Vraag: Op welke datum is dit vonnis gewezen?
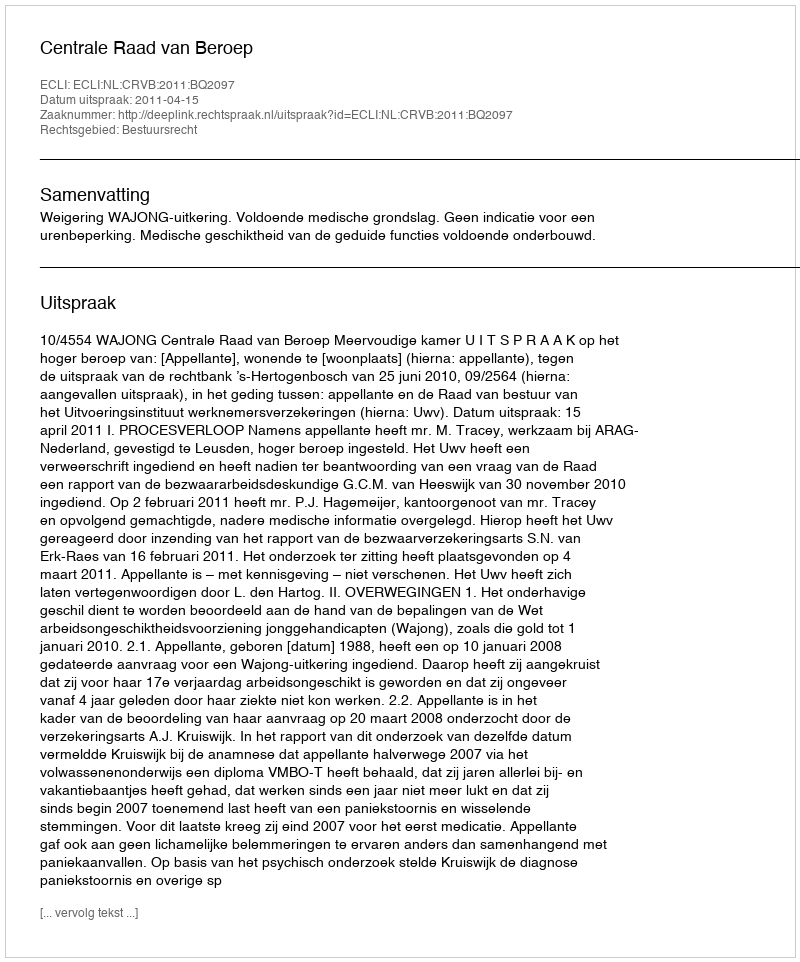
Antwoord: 2011-04-15